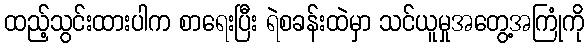
ထည့်သွင်းထားပါက စာရေးပြီး ရဲစခန်းထဲမှာ သင်ယူမှုအတွေ့အကြုံကို